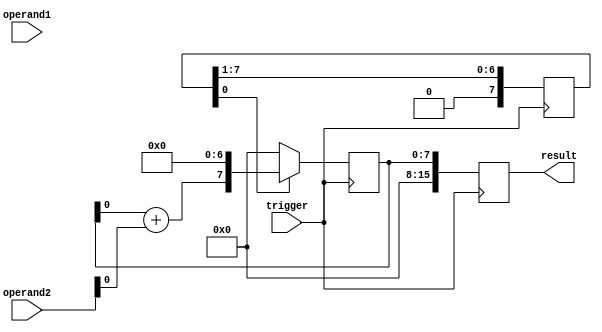
module unsigned_multiplier(
    input wire [7:0] operand1,
    input wire [7:0] operand2,
    input wire trigger,
    output reg [15:0] result
);

reg [7:0] product;
reg [7:0] shift_operand;
reg [3:0] shift_count;

always @ (posedge trigger)
begin
    product <= 8'b0;
    shift_count <= 4'b0;
    shift_operand <= operand1;
    
    for (shift_count=0; shift_count<8; shift_count=shift_count+1)
    begin
        if (shift_operand[0] == 1)
            product <= product + operand2 << shift_count;
        shift_operand <= shift_operand >> 1;
    end
    
    result <= product;
end

endmodule